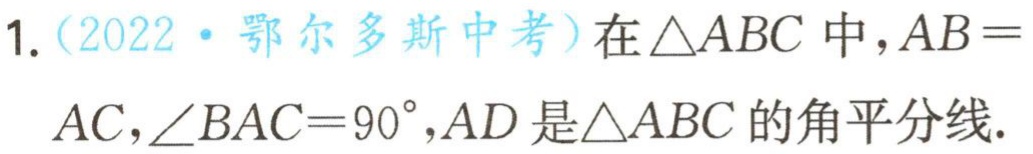
1.（2022·鄂尔多斯中考）在\(\triangle ABC\)中，\(AB = AC\)，\(\angle BAC = 90^{\circ}\)，\(AD\)是\(\triangle ABC\)的角平分线.